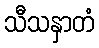
သီသနှာတံ